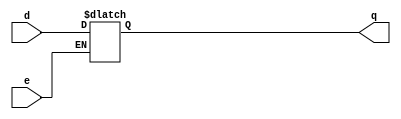
`timescale 1ns / 1ps

module d_latch(q,d,e); 
  input d,e;
  output q;
  reg q;
  always @ (e or d) begin
    if (e) q = d; //Same as: if (control = 1)
  end
endmodule